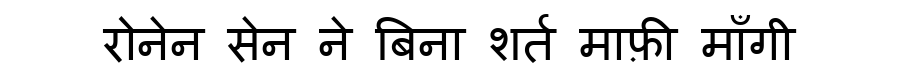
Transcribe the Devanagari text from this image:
रोनेन सेन ने बिना शर्त माफ़ी माँगी